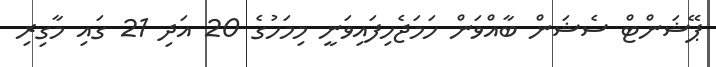
ޕޭޝަންޓް ސެޝަން ބާއްވަން ހަމަޖެހިފައިވަނީ މިމަހުގެ 20 އަދި 21 ގައި މާގިރި